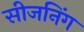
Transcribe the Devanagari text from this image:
सीजनिंग